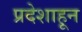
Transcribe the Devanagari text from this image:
प्रदेशाहून